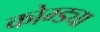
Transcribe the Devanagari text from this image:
कोम्ड्या